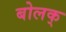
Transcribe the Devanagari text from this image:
बोलक्